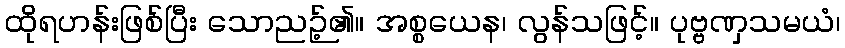
ထိုရဟန်းဖြစ်ပြီး သောညဉ့်၏။ အစ္စယေန၊ လွန်သဖြင့်။ ပုဗ္ဗဏှသမယံ၊